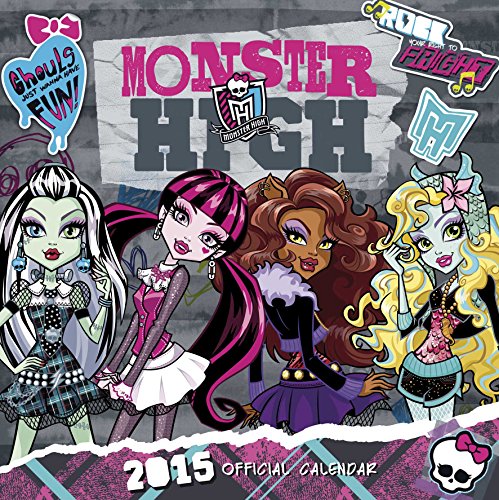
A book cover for Official Monster High Square Wall Calendar 2015; Calendars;